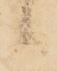
候